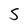
Character: S